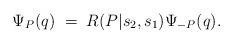
LaTeX: \begin{align*}\Psi_P(q)\; = \; R(P|s_2,s_1)\Psi_{-P}(q).\end{align*}